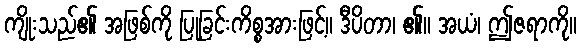
ကျိုးသည်၏ အဖြစ်ကို ပြုခြင်းကိစ္စအားဖြင့်။ ဒီပိတာ၊ ၏။ အယံ၊ ဤဇရာကို။